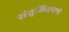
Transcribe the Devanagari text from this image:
संतुलितपणे